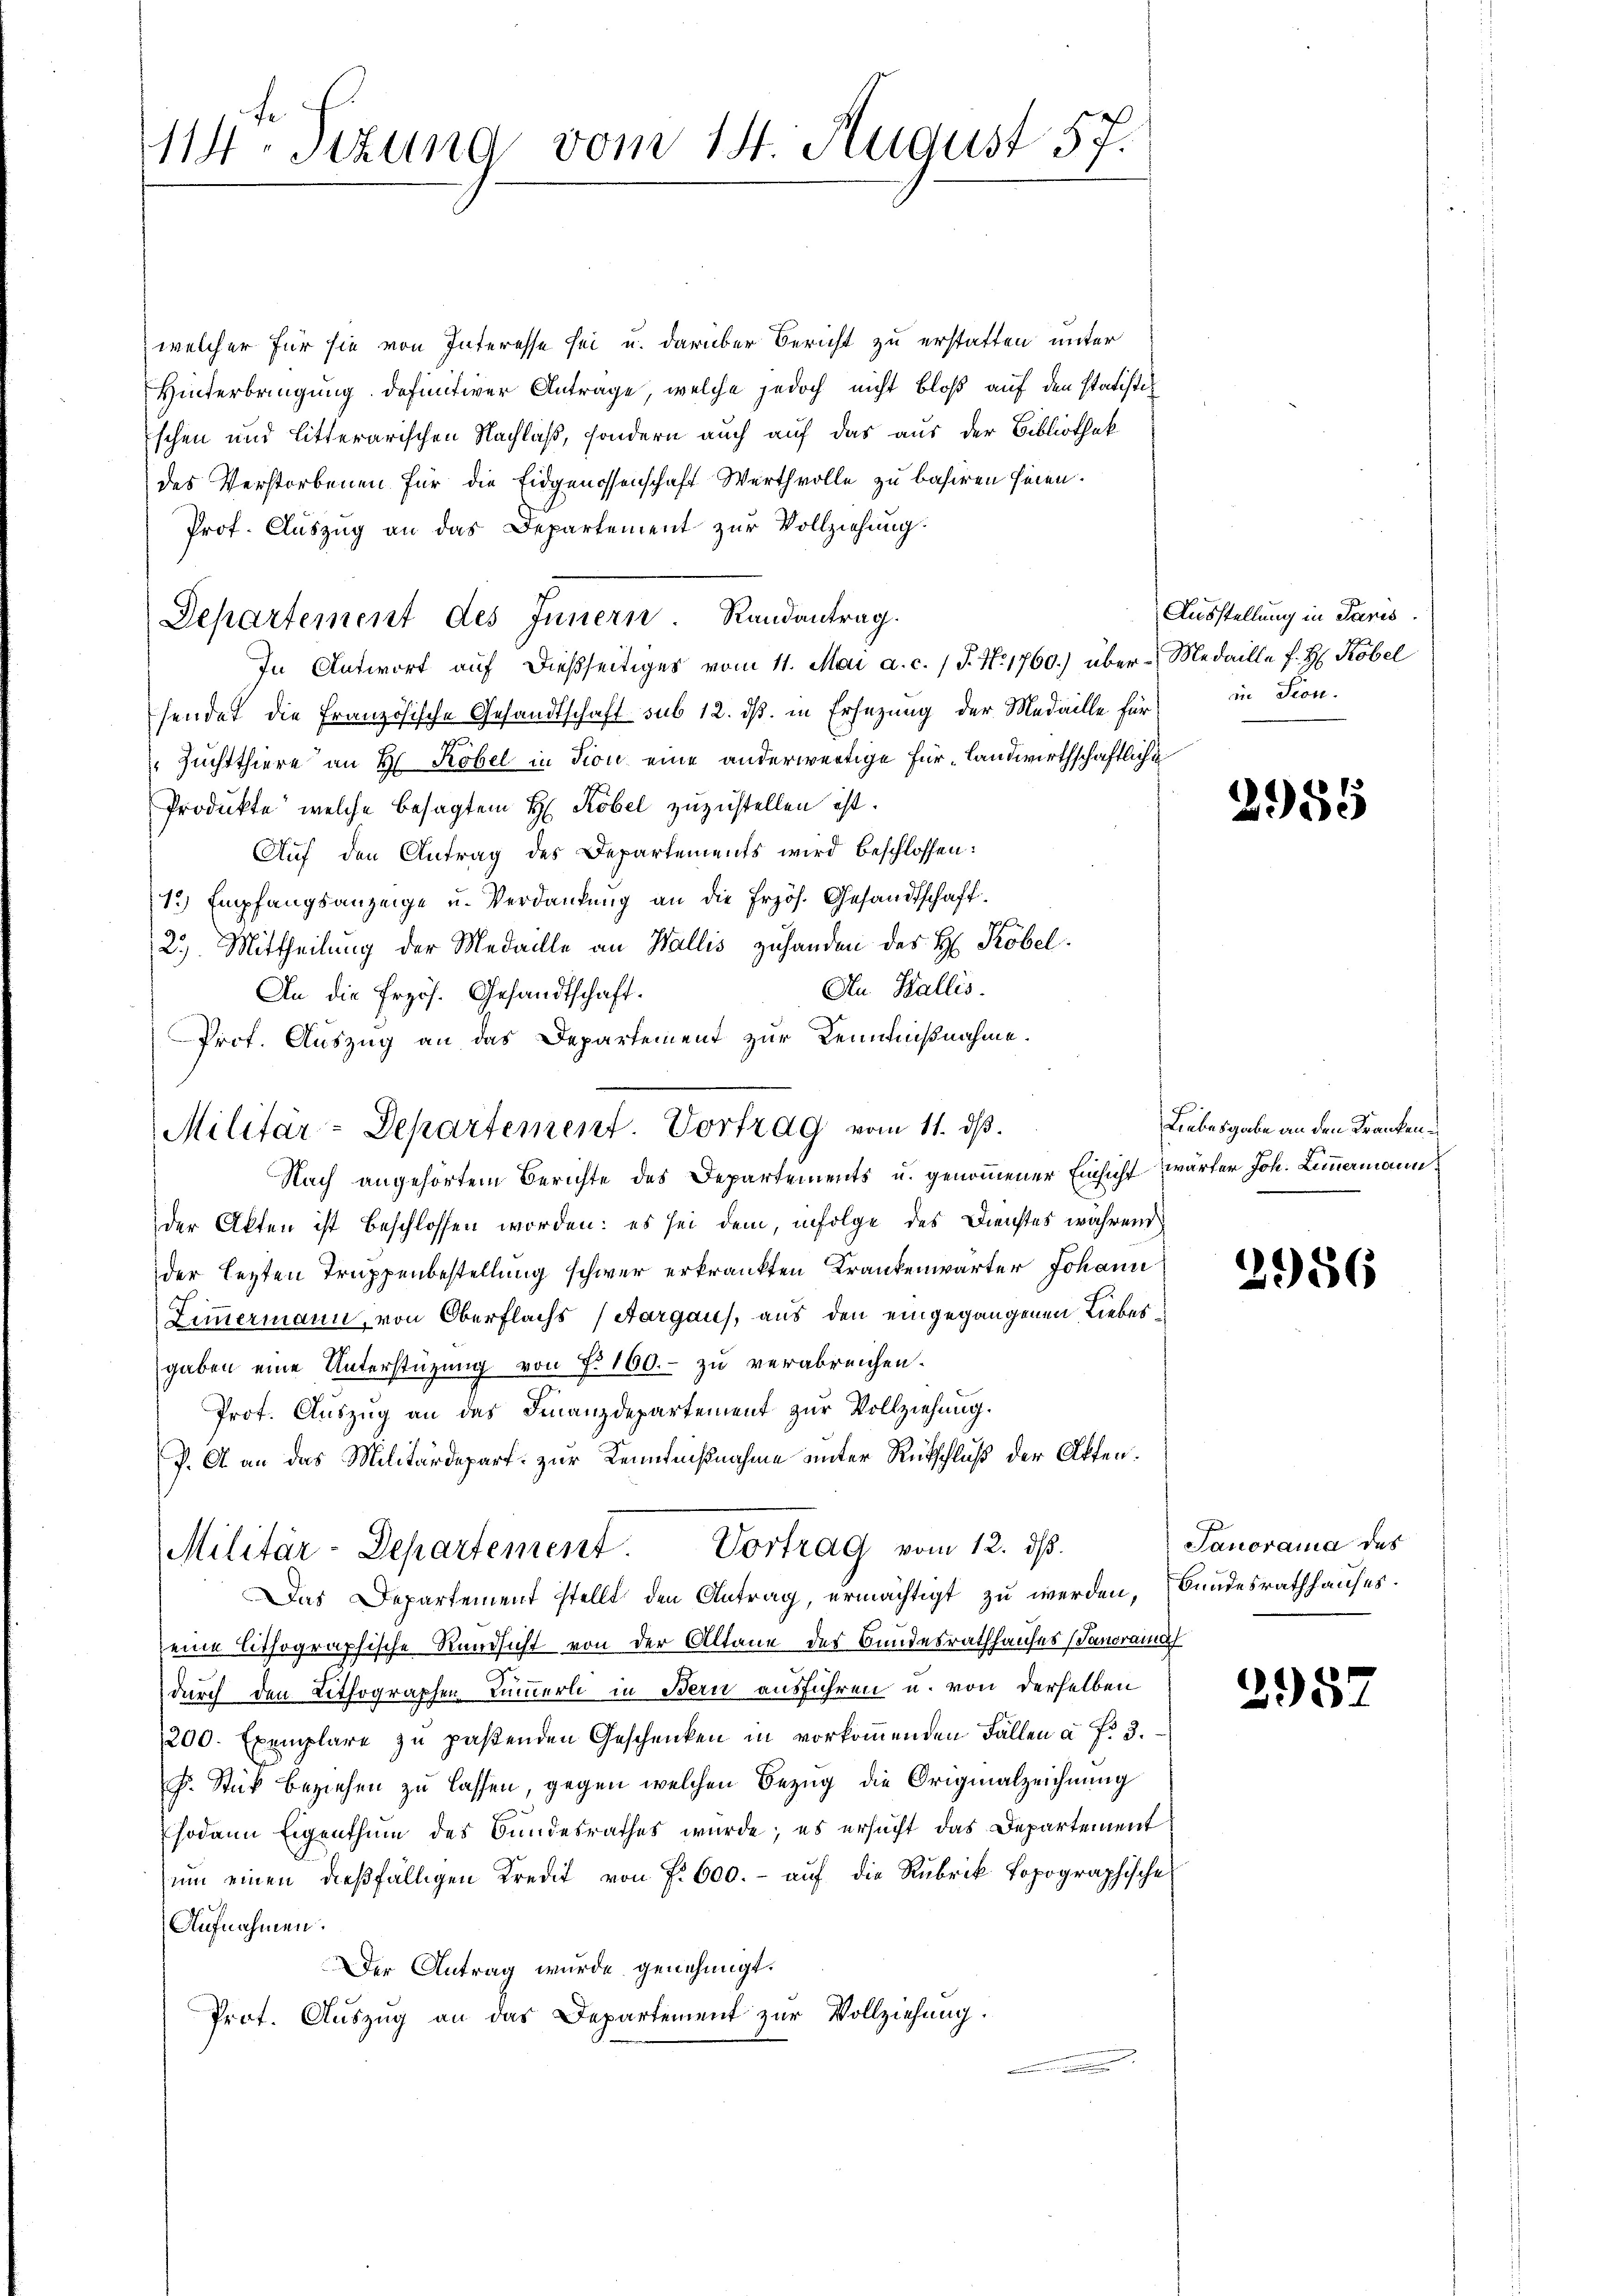
114. Sitzung vom 14. August 57.

welcher für sie von Interesse sei u. darüber Bericht zu erstatten unter
Hinterbringung definitiver Antrage, welche jedoch nicht bloß auf den statisti
schen und litterarischen Nachlaß, sondern auch auf das aus der Bibliothek
des Verstorbenen für die Eidgenossenschaft Werthvolle zu basiren seien.
Prof. Auszug an das Departement zur Vollziehung.
Departement des Innern Randantrag.
In Antwort auf dießseitiges vom 11. Mai a. c. (T. N. 1760.) über Medaille f. H. Robel
sendet die Französische Gesandtschaft sub 12. ds. in Ersezung der Medaille für
Zuchtthiere an Hr. Robel in Dion eine anderwärtige für Landwirthschaftliche
Produkte, welche besagtem H Köbel zuzustellen ist.
Auf den Antrag des Departements wird beschlossen:
1.) Empfangsanzeige u. Verdankung an die Erzös. Gesandtschaft
2.) Mittheilung der Medaille an Wallis zuhanden des H. Kobel.
An Wallis.
An die Erzös. Gesandtschaft.
Prof. Auszug an das Departement zur Kennnißnahme.
Nach angehörtem Berichte des Departements u. genommener Einsicht wärter Joh. Limmermann,
der Akten ist beschlossen worden: es sei dem, infolge des Dienstes während
der lezten Truppenbestellung schwer erkränkten Krankenwärter Johann
Zimmermann, von Oberflachs (Aargaus, aus den eingegangenen Liebesgaben eine Unterstützung von N. 160.- zu verabreichen.
Prot. Auszug an das Finanzdepartement zur Vollziehung.
V. A an das Militärdepart zur Kenntnißnahme unter Rückschluß der Akten.
Militär-Departement. Vortrag vom 12. ds.
Das Departement stellt den Antrag, ermächtigt zu werden, (Bundesrathhauses.
eine lithographische Rundsicht von der Altane des Bundesrathhauses (Sanoramat
i
durch den Lithographen Kummerli in Bern ausführen u. von derselben
200. Exemplare zu paßenden Geschenken in vorkommenden Fällen à f. 3.
F. Stück beziehen zu lassen, gegen welchen Bezug die Originalzeichnung
sodann Eigenthum des Bundesrathes wurde; es ersucht das Departement
ŭm einen dießfälligen Kredit von f. 600.- aŭf die Rubrik topographische
Aufnahmen.
Der Antrag wurde genehmigt.
Prot. Auszug an das Departement zur Vollziehung.

Militär-Departement. Vortrag vom 11. ds.

Ausstellung in Paris.
in Seon.

2955

Liebesgabe an den Kranken¬

2956

Janoraria des

3982